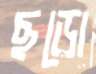
ছড়ো